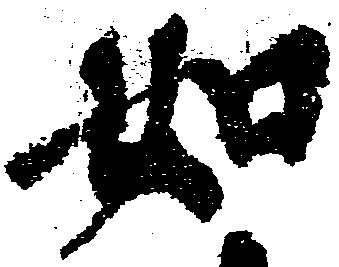
如